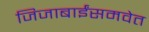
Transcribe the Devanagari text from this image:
जिजाबाईंसमवेत